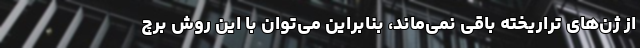
از ژن‌های تراریخته باقی نمی‌ماند، بنابراین می‌توان با این روش برچ